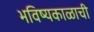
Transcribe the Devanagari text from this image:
भविष्यकाळाची